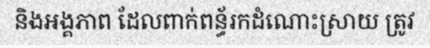
និងអង្គភាព ដែលពាក់ពន្ធ័រកដំណោះស្រាយ ត្រូវ